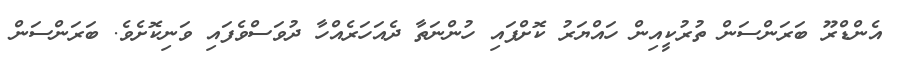
އެންޑްރޫ ބަރަންސަން ތުރުކީއިން ހައްޔަރު ކޮށްފައި ހުންނަތާ ދެއަހަރެއްހާ ދުވަސްވެފައި ވަނިކޮށެވެ. ބަރަންސަން